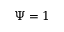
\Psi = 1